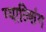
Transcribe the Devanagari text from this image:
ग्याल्शिंग